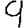
Digit: 9